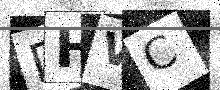
Text: DHVC